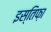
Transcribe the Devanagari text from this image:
इस्तिफ़ा